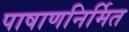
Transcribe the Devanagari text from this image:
पाषाणनिर्मित